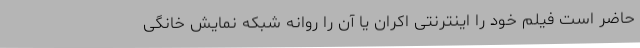
حاضر است فیلم خود را اینترنتی اکران یا آن را روانه شبکه نمایش خانگی